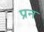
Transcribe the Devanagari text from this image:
प्रन